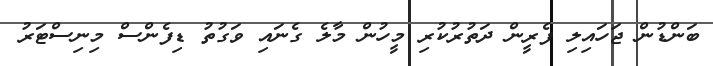
ބަންޑުން ޖަހައިލި ފެރީން ދަތުރުކުރި މީހުން މާލެ ގެނައި ވަގުތު ޑިފެންސް މިނިސްޓަރު